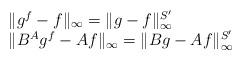
LaTeX: \begin{align*}\begin{array}{l}\|g^f-f\|_{\infty}=\|g-f\|_{\infty}^{S'}\\\|B^Ag^f-Af\|_{\infty}=\|Bg-Af\|_{\infty}^{S'}\end{array}\end{align*}